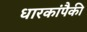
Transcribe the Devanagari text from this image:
धारकांपैकी